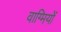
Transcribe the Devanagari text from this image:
वाग्मियों